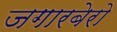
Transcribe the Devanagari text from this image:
जगारबेरो